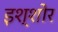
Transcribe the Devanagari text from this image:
इश्शोर